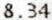
8.34